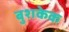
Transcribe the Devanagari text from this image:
बुशकेक